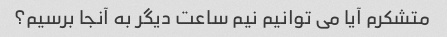
متشکرم آیا می توانیم نیم ساعت دیگر به آنجا برسیم؟